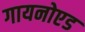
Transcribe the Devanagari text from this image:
गायनोएड